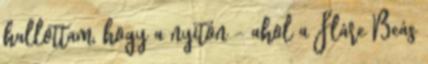
hallottam, hogy a nyitón – ahol a Fláre Beás